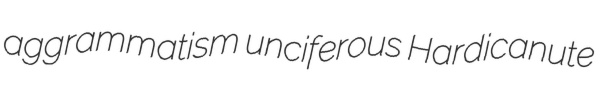
aggrammatism unciferous Hardicanute